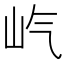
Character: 𪨦